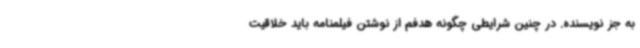
به جز نویسنده. در چنین شرایطی چگونه هدفم از نوشتن فیلمنامه باید خلاقیت